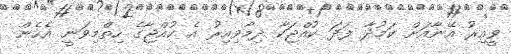
ވީއިރު އޭނާއަށް ކަމުދާ ފަދަ ކުއްޖަކާ ދިމާވިއިރު އެ ކުއްޖާގެ ހިތްމިވަނީ އެހެން